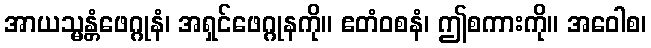
အာယသ္မန္တံဖေဂ္ဂုနံ၊ အရှင်ဖေဂ္ဂုနကို။ ဧတံဝစနံ၊ ဤစကားကို။ အဝေါစ၊